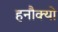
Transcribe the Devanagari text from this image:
हनौक्यो